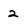
Character: 2